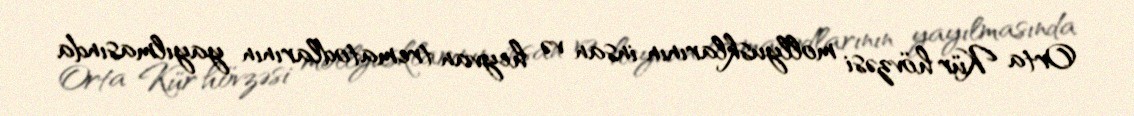
Orta Kür hövzəsi mollyusklarının insan və heyvan trematodlarının yayılmasında